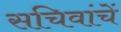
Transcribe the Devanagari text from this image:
सचिवांचें